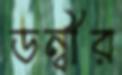
ডন্বীর